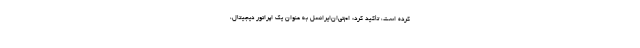
کرده است، تأکید کرد: ام‌تی‌ان‌ایرانسل به عنوان یک اپراتور دیجیتال،